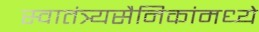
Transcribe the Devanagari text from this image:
स्वातंत्र्यसैनिकांमध्ये